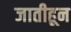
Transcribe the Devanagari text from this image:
जातीहून